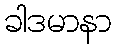
ခါဒမာနာ